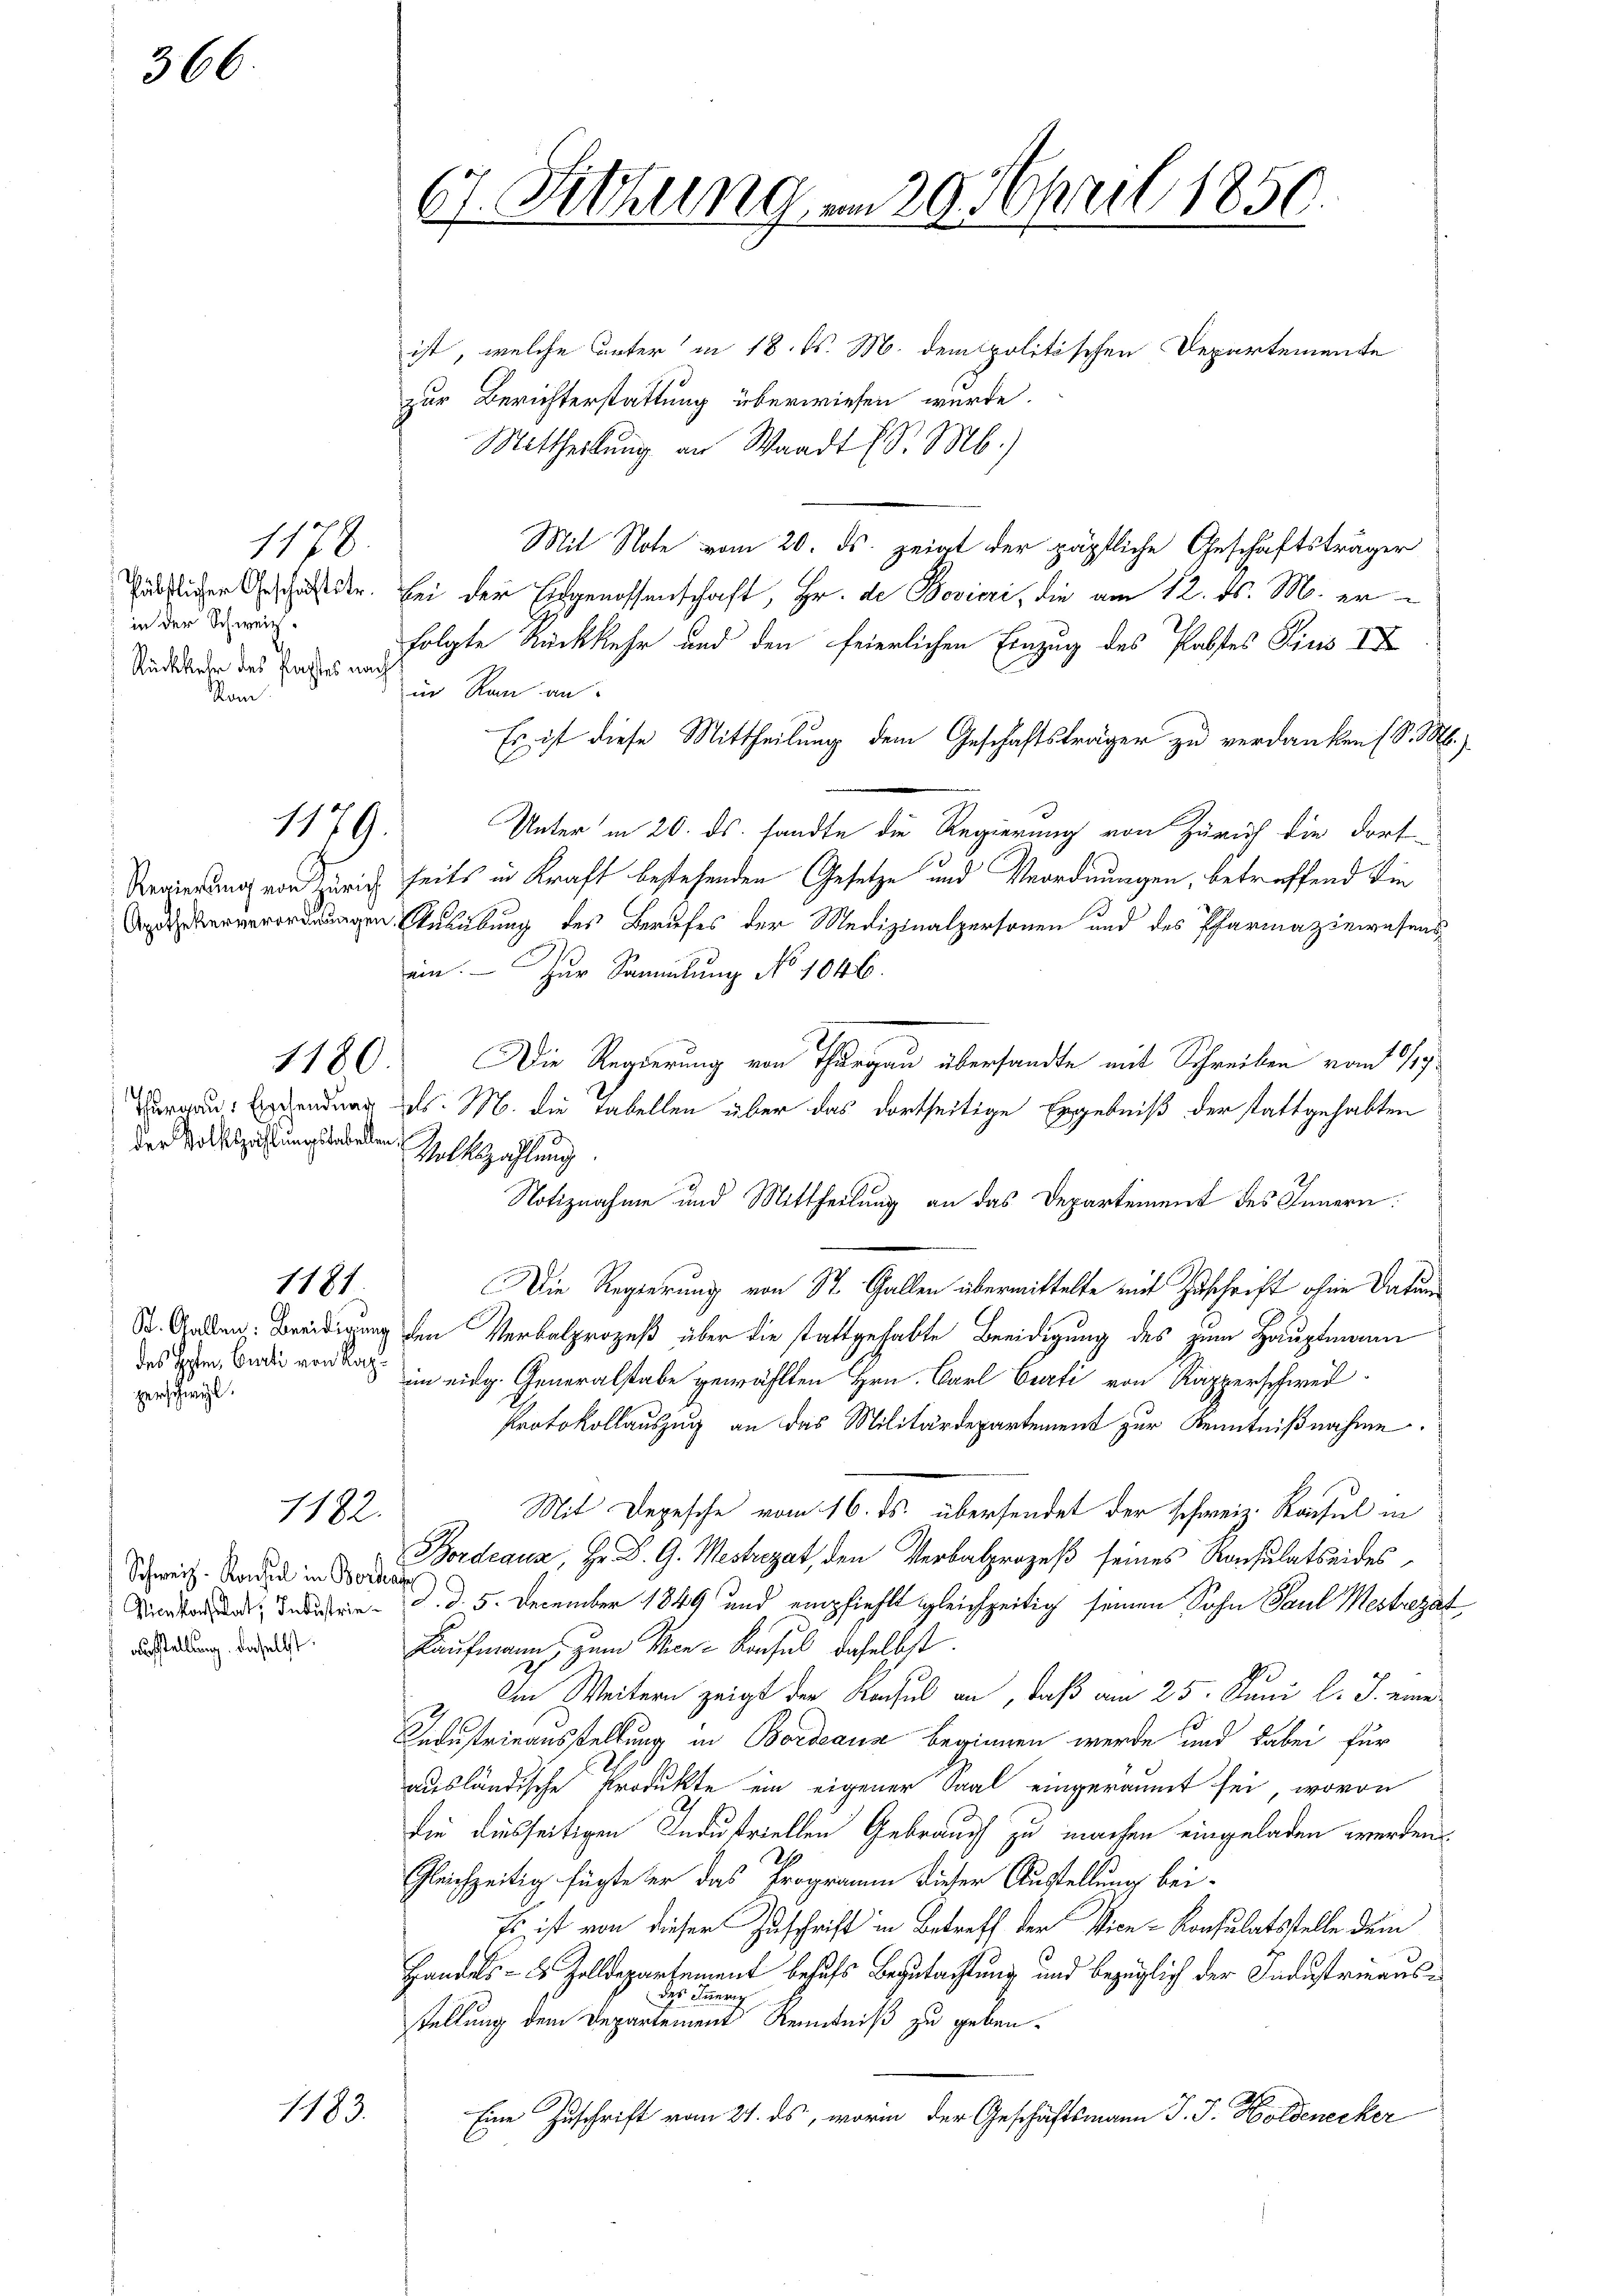
366.

1178.
Päbstlicher Geschäftstr.
in der Schweiz.
Rückkehr des Pachtes nach
Som

1179.

Regierung von Zürich
Apothekerverordnungen

1180.

Thurgau, Ergehendung
der Volkszählungstabe der Volkszahlung

des Holm. Curti von Kapzerschweil.

1181

1182.

Schweiz. Konsul in Border
Nicekonstat; Industrieaufstellung daselbst:

1183.

67. Sitzung am 29. April 1850.

ist, welche unter in 18. d. M. dem politischen Departemente
zur Berichterstattung überwiesen wurde.
Mittheilung an Waadt (S. M.)
Mit Note vom 20. ds. zeigt der päpstliche Geschäftsträger
bei der Eidgenossenschaft, Hr. de Bovieri, die am 12. ds. M. erfolgte Rückkehr und den feierlichen Einzug des Pabstes Pius II
in Ran an
Es ist diese Mittheilung dem Geschäftsträger zu verdanken (S. M.
Unter in 20. ds. sandte die Regierung von Zürich die dort
seits in Kraft bestehenden Gesetze und Verordnungen, betreffend die
Ausübung des Berufes der Medizinalpersonen und des Pharmaziewesens
ein. — Zur Sammlung No 1046.
Die Regierung von Thurgau übersandte mit Schreiben vom 8/19.
ds. M. die Tabellen über das dortseitige Ergebniß der stattgehabten
Notiznahme und Mittheilung an das Departement des Innern:
Die Regierung von St. Gallen übermittelte mit Zuschrift ohne Datum
St. Anden: Beeidigung den Verbalprozeß über die stattgehabte Beeidigung des zum Hauptmann
im eidg. Generalstabe gewählten Hrn. Karl Curti von Kapperschweil
Protokollauszug an das Militärdepartement zur Kenntnißnahme.
Mit Depesche vom 16. ds. übersendet der schweiz. Konsul in
Bordeaux, Hr. D. G. Mestregat, den Verbalprozeß seines Resulatseides
a
d. d. 5. December 1849 und empfiehlt gleichzeitig seinen Sohn Paul Mestrezat
Kaufmann, zum Vice-Konsul daselbst.
Im Weitern zeigt der Rochel an, daß am 25. Juni l. J. eine
Industrieausstellung in Bordeaus beginnen werde und dabei für
ausländische Produkte ein eigener Saal eingeräumt sei, wovon
die diesseitigen Industriellen Gebrauch zu machen eingeladen werden
21
Gleichzeitig fügte er das Programm dieser Austellung bei-
Es ist von dieser Zuschrift in Betreff der Vice-Konsulatsstelle dem
Handels- & Zolldepartement besuchs Begutachtung und bezüglich der Industrinausdes Innerig
stellung dem Departement Kenntniß zu geben.
Eine Zuschrift vom 21. ds, worin der Geschäftsmann J. J. Holdenecker